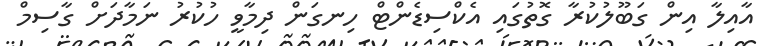
އާއިލާ އިން ގަބޫލުކުރާ ގޮތުގައި އެކްސިޑެންޓް ހިނގަން ދިމާވީ ހުކުރު ނަމާދަށް ގާސިމް